Scottish Certificate of Education, 1962
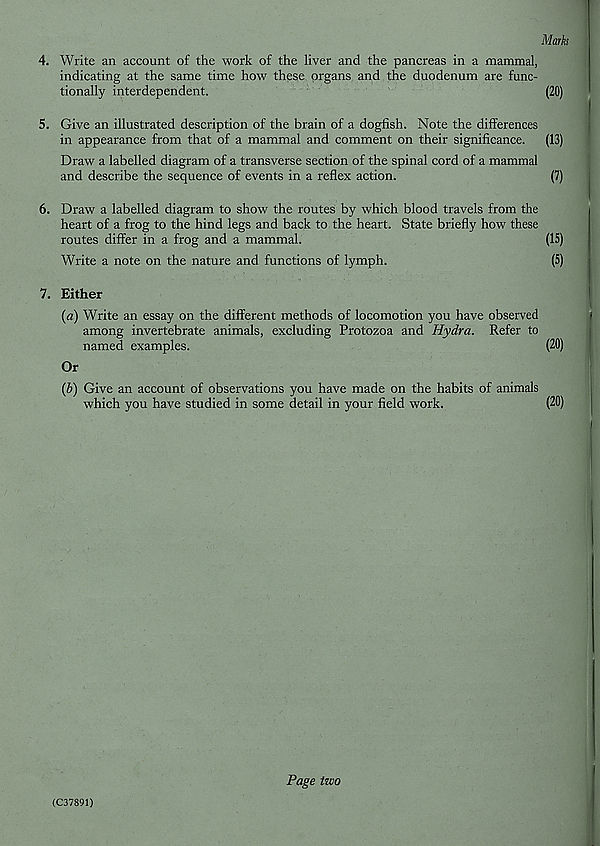
Mark
4. Write an account of the work of the liver and the pancreas in a mammal,
indicating at the same time how these organs and the duodenum are func-
tionally interdependent.
(20)
5. Give an illustrated description of the brain of a dogfish. Note the differences
in appearance from that of a mammal and comment on their significance. (13)
Draw a labelled diagram of a transverse section of the spinal cord of a mammal
and describe the sequence of events in a reflex action.
(7)
6. Draw a labelled diagram to show the routes by which blood travels from the
heart of a frog to the hind legs and back to the heart. State briefly how these
routes differ in a frog and a mammal.
(15)
Write a note on the nature and functions of lymph.
(5)
7. Either
(a) Write an essay on the different methods of locomotion you have observed
among invertebrate animals, excluding Protozoa and Hydra. Refer to
named examples.
(20)
Or
{b) Give an account of observations you have made on the habits of animals
which you have studied in some detail in your field work.
(20)
Page two
(C37891)